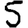
Digit: 5